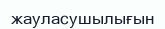
жауласушылығын